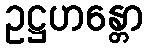
ဥဋ္ဌဟန္တော